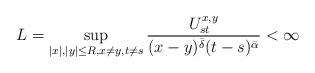
LaTeX: \begin{align*}L = \sup_{ |x|,|y| \leq R,x \neq y, t \neq s} \frac{ U^{x,y}_{st} }{(x-y)^{\bar{\delta}} (t-s)^{\bar{\alpha}}} < \infty \end{align*}